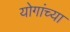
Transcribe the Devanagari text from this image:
योगांच्या